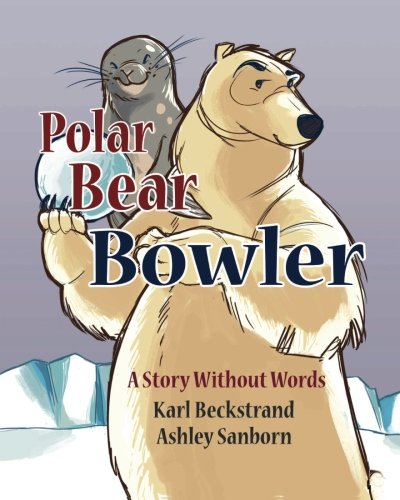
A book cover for Polar Bear Bowler: A Story Without Words (Stories Without Words) (Volume 1); Karl Beckstrand; Sports & Outdoors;